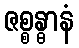
ဇစ္စန္ဓာနံ